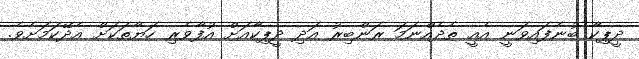
ދީޕިކާ ބުނެފައިވަނީ އެއީ ތެދެއްނަމަ ރަންބިރު އަދި ދީޕިކާއަށް އުފާވެރި ހަޔާތަކަށް އެދޭކަމަށެވެ.